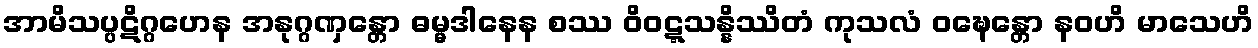
အာမိသပ္ပဋိဂ္ဂဟေန အနုဂ္ဂဏှန္တော ဓမ္မဒါနေန စဿ ဝိဝဋ္ဋသန္နိဿိတံ ကုသလံ ဝဍ္ဎေန္တော နဝဟိ မာသေဟိ